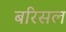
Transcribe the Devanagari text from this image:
बरिसल